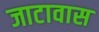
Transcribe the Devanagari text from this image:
जाटावास